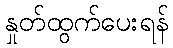
နှုတ်ထွက်ပေးရန်